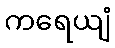
ကရေယျံ